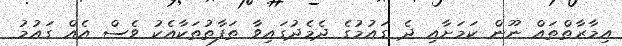
އިމާރާތްތައް ނޫން ކަމަށާއި ދެ ގައުމުގެ ދެމެދުގައިވާ ތަފާތުތަކާއެކު ވެސް އެއް ގައުމު